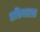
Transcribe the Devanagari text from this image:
शक्तिधारक